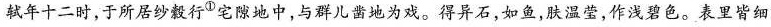
轼年十二时，于所居纱縠行^{①} 宅隙地中，与群儿凿地为戏。得异石，如鱼，肤温莹，作浅碧色。表里皆细